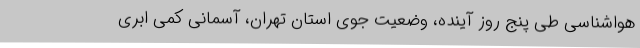
هواشناسی طی پنج روز آینده، وضعیت جوی استان تهران، آسمانی کمی ابری